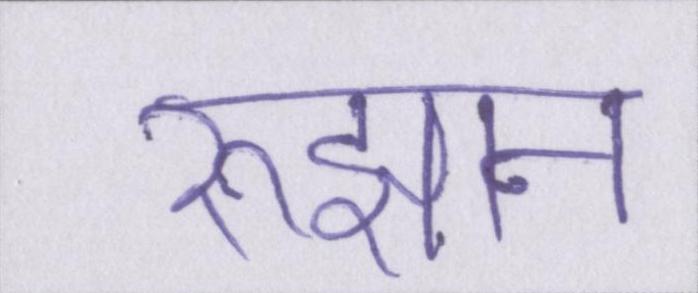
रुझान